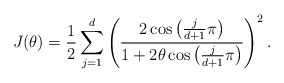
\begin{align*} J(\theta)=\frac12\sum_{j=1}^d\left(\frac{2\cos\left(\frac{j}{d+1}\pi \right)}{1+2\theta\cos\left(\frac{j}{d+1}\pi \right)}\right)^2.\end{align*}